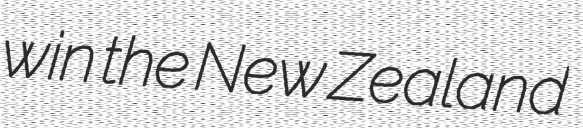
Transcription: win the New Zealand